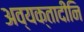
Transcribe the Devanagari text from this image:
अव्यक्तादीनि